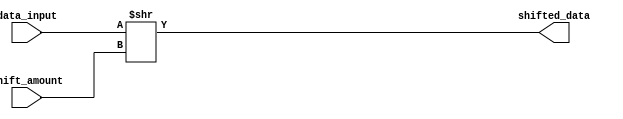
module arithmetic_block (
    input [7:0] data_input,
    input [3:0] shift_amount,
    output reg [7:0] shifted_data
);

always @(data_input, shift_amount) begin
    shifted_data = data_input >> shift_amount; // Perform fixed-point shift operation
end

endmodule